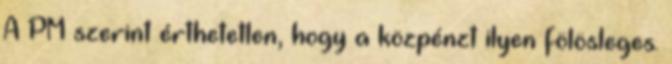
A PM szerint érthetetlen, hogy a közpénzt ilyen fölösleges.